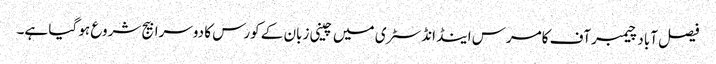
فیصل آباد چیمبر آف کامرس اینڈ انڈسٹری میں چینی زبان کے کورس کا دوسرا بیج شروع ہو گیا ہے۔